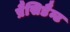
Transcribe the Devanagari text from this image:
प्रैसिडैन्ट